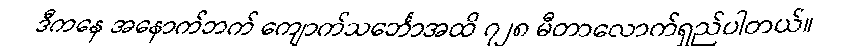
ဒီကနေ အနောက်ဘက် ကျောက်သင်္ဘောအထိ ၇၂၈ မီတာလောက်ရှည်ပါတယ်။